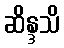
ဆိန္ဒသိ